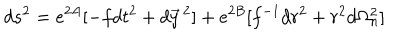
d s ^ { 2 } = e ^ { 2 A } [ - f d t ^ { 2 } + d \vec { y } \, ^ { 2 } ] + e ^ { 2 B } [ f ^ { - 1 } d r ^ { 2 } + r ^ { 2 } d \Omega _ { n } ^ { 2 } ]